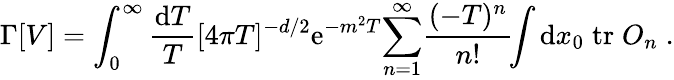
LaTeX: \Gamma[V]=\int_{0}^{\infty}{\frac{\mathrm{d}T}{T}}[4\pi T]^{-d/2}\mathrm{e}^{-m^{2}T}{\sum_{n=1}^{\infty}}{\frac{(-T)^{n}}{n!}}\! \! \int\mathrm{d}x_{0}\; \mathrm{tr}\; O_{n}\; .